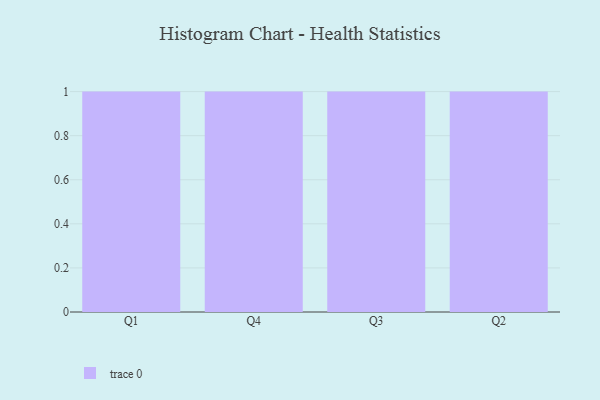
{"axis": {"x": "Quarter", "y": "Net Income (USD K)"}, "legend": [""], "data": [{"x": "Q1", "y": 77, "type": ""}, {"x": "Q4", "y": 75, "type": ""}, {"x": "Q3", "y": 29, "type": ""}, {"x": "Q2", "y": 32, "type": ""}]}